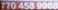
770 458 9908